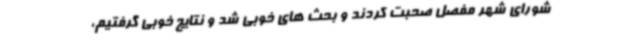
شورای شهر مفصل صحبت کردند و بحث های خوبی شد و نتایج خوبی گرفتیم،